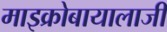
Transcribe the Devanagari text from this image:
माइक्रोबायालाजी